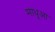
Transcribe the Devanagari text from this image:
माधूआ